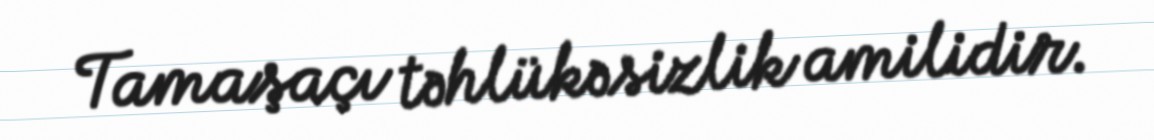
Tamaşaçı təhlükəsizlik amilidir.